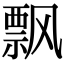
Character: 飘